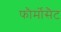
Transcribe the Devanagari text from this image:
फौर्मोसैट